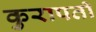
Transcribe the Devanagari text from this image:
कुरापती